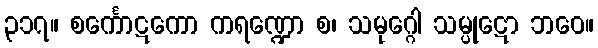
၃၁၇။ စင်္ကောဋကော ကရဏ္ဍော စ၊ သမုဂ္ဂေါ သမ္ပုဋော ဘဝေ။